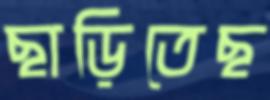
ছাড়িতেছ